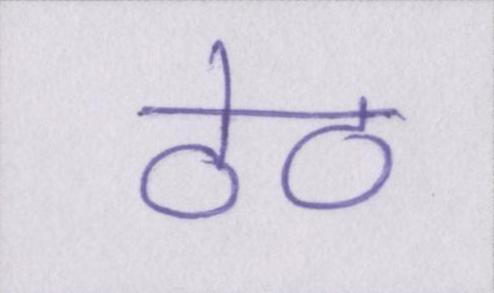
ठेठ